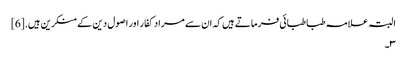
البتہ علامہ طباطبائی فرماتے ہیں کہ ان سے مراد کفار اور اصول دین کے منکرین ہیں.[6]
۳۔